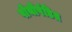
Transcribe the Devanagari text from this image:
पोथीपंडित